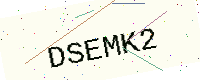
Text: DSEMK2